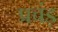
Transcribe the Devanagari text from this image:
प्रचंड़